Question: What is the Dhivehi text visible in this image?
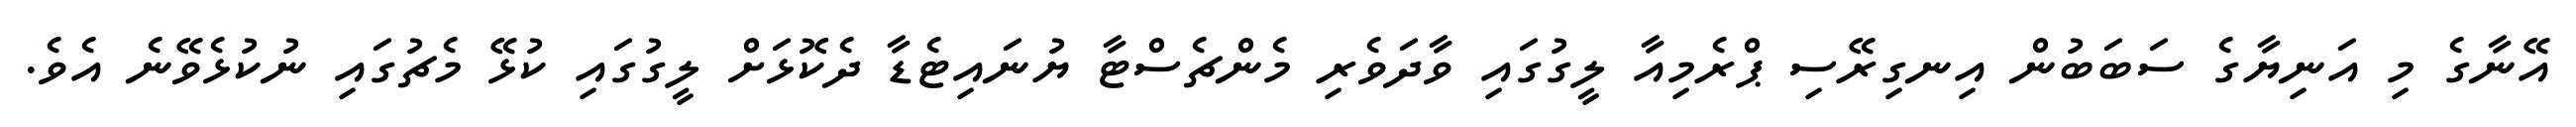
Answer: އޭނާގެ މި އަނިޔާގެ ސަބަބުން އިނގިރޭސި ޕްރެމިއާ ލީގުގައި ވާދަވެރި މެންޗެސްޓާ ޔުނައިޓެޑާ ދެކޮޅަށް ލީގުގައި ކުޅޭ މެޗުގައި ނުކުޅެވޭނެ އެވެ.